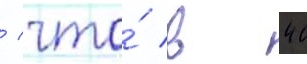
/ что́ в 40